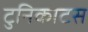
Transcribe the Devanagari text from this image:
टुनिकाटस